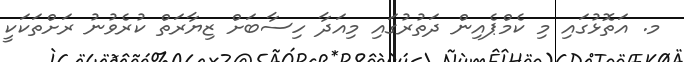
މ. އަތޮޅުގައި މި ކެމްޕެއިން ދަތުރުގައި މިއަދާ ހިސާބަށް ޒިޔާރަތް ކުރެވުނު ރަށްތަކަކީ